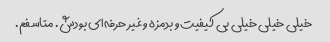
خیلی خیلی خیلی بی کیفیت و بدمزه و غیر حرفه‌ای بودش. متاسفم.